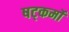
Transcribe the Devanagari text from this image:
षट्कर्मों